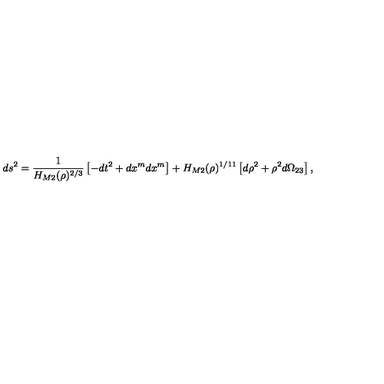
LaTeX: d s ^ { 2 } = \frac { 1 } { H _ { M 2 } ( \rho ) ^ { 2 / 3 } } \left[ - d t ^ { 2 } + d x ^ { m } d x ^ { m } \right] + H _ { M 2 } ( \rho ) ^ { 1 / 1 1 } \left[ d \rho ^ { 2 } + \rho ^ { 2 } d \Omega _ { 2 3 } \right] ,